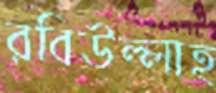
রবিউল্লাহ